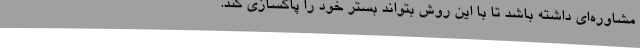
مشاوره‌ای داشته باشد تا با این روش بتواند بستر خود را پاکسازی کند.